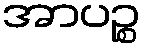
အာပဉ္စ